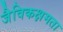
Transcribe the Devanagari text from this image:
जैविकक्षमता